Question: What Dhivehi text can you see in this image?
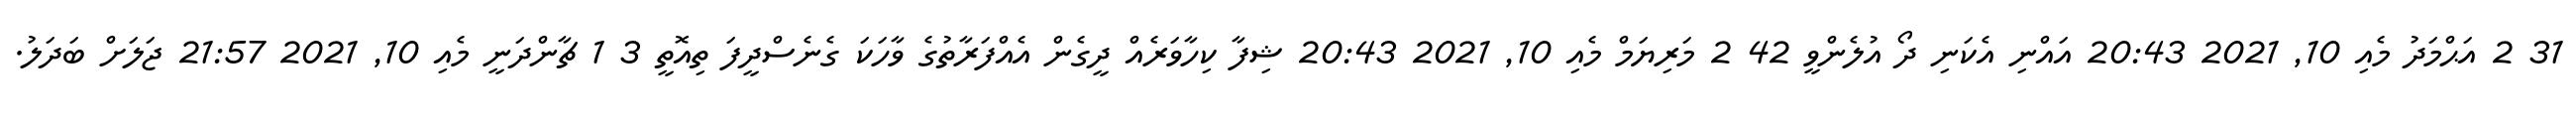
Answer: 31 2 އަޙްމަދު މެއި 10, 2021 20:43 އައްނި އެކަނި ދޯ އުލެންވީ 42 2 މަރިޔަމް މެއި 10, 2021 20:43 ޝިފާ ކިހާވަރެއް ދީގެން އެއްފަރާތުގެ ވާހަކަ ގެނެސްދީފަ ތިއޮތީ 3 1 ޗާންދަނީ މެއި 10, 2021 21:57 ޖަލަށް ބަދަލު.